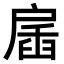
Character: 𢩖